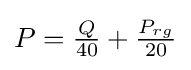
P={\tfrac {Q}{40}}+{\tfrac {P_{rg}}{20}}